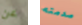
عن صدمته